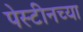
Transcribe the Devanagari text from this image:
पेस्टीनच्या